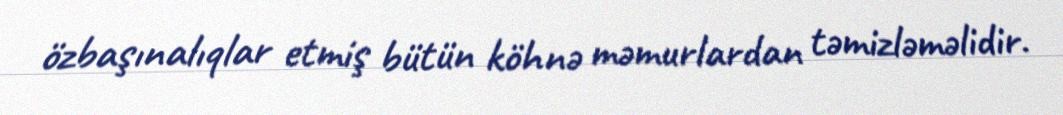
özbaşınalıqlar etmiş bütün köhnə məmurlardan təmizləməlidir.